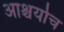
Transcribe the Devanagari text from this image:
आश्चर्याच